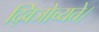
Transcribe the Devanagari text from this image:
द्विजोच्यते।